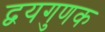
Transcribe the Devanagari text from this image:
द्वयगुणक